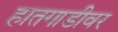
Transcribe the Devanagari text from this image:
हातगाडीवर